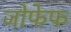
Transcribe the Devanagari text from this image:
जोफेफ